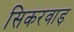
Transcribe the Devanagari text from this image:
सिकरवाड़